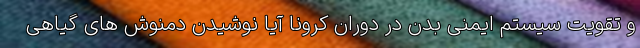
و تقویت سیستم ایمنی بدن در دوران کرونا آیا نوشیدن دمنوش های گیاهی